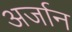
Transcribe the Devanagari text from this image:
अर्जान